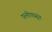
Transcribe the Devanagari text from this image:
पत्‍नीपासून